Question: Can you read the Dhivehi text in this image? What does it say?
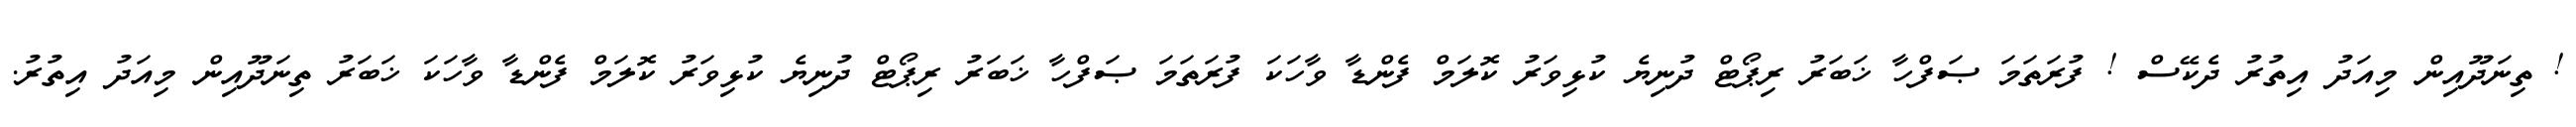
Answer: ! ތިނަދޫއިން މިއަދު އިތުރު ދެކޭސް ! ފުރަތަމަ ޞަފްހާ ޚަބަރު ރިޕޯޓް ދުނިޔެ ކުޅިވަރު ކޮލަމް ފެންޑާ ވާހަކަ ފުރަތަމަ ޞަފްހާ ޚަބަރު ރިޕޯޓް ދުނިޔެ ކުޅިވަރު ކޮލަމް ފެންޑާ ވާހަކަ ޚަބަރު ތިނަދޫއިން މިއަދު އިތުރު.